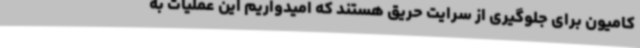
کامیون برای جلوگیری از سرایت حریق هستند که امیدواریم این عملیات به